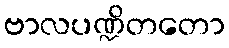
ဗာလပဏ္ဍိတတော